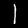
Digit: 1